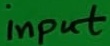
Text: input